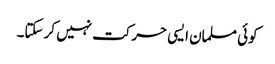
کوئی مسلمان ایسی حرکت نہیں کر سکتا۔